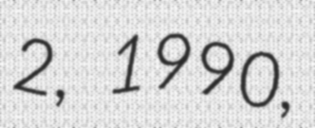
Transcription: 2, 1990,